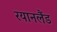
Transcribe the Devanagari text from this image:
रयानलैंड